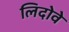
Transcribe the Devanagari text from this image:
लिदोवे